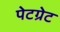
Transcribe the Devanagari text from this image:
पेटग्रेट